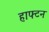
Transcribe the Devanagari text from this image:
हाफ्टन